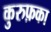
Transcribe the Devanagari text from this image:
कुरुफ़का